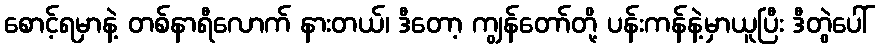
စောင့်ရမှာနဲ့ တစ်နာရီလောက် နားတယ်၊ ဒီတော့ ကျွန်တော်တို့ ပန်းကန်နဲ့မှာယူပြီး ဒီတွဲပေါ်